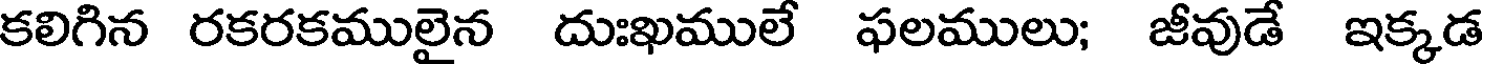
కలిగిన రకరకములైన దుఃఖములే ఫలములు; జీవుడే ఇక్కడ